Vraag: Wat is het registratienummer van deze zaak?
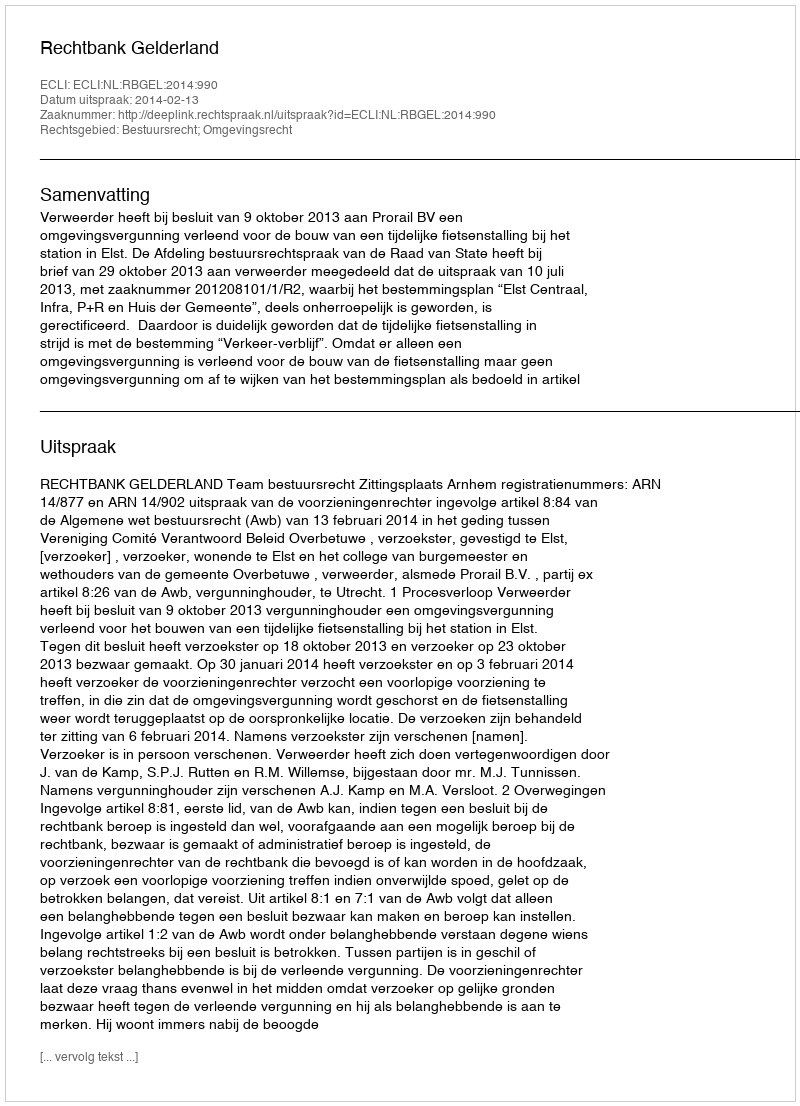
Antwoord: http://deeplink.rechtspraak.nl/uitspraak?id=ECLI:NL:RBGEL:2014:990